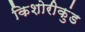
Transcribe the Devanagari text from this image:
किशोरीकुंड